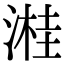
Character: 溎